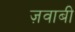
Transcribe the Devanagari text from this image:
ज़वाबी